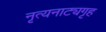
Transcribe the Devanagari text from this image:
नृत्यनाट्यगृह